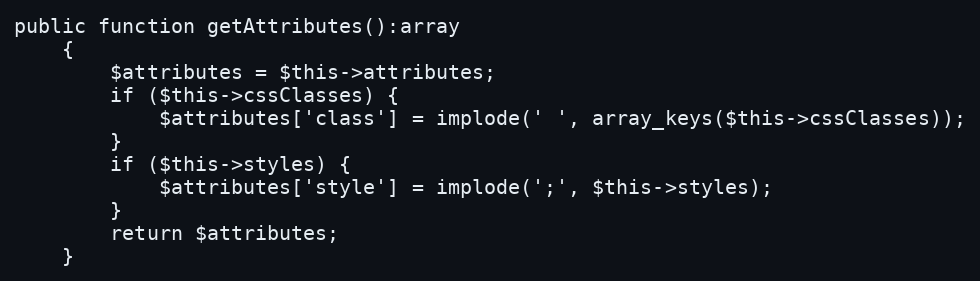
Language: PHP
public function getAttributes():array
    {
        $attributes = $this->attributes;
        if ($this->cssClasses) {
            $attributes['class'] = implode(' ', array_keys($this->cssClasses));
        }
        if ($this->styles) {
            $attributes['style'] = implode(';', $this->styles);
        }
        return $attributes;
    }